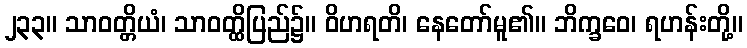
၂၃၃။ သာဝတ္တိယံ၊ သာဝတ္ထိပြည်၌။ ဝိဟရတိ၊ နေတော်မူ၏။ ဘိက္ခဝေ၊ ရဟန်းတို့။